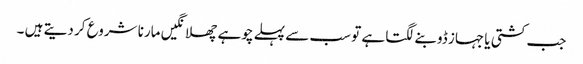
جب کشتی یا جہاز ڈوبنے لگتا ہے تو سب سے پہلے چوہے چھلانگیں مارنا شروع کر دیتے ہیں ۔